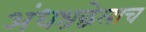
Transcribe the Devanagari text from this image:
अंधश्रद्धेलाच